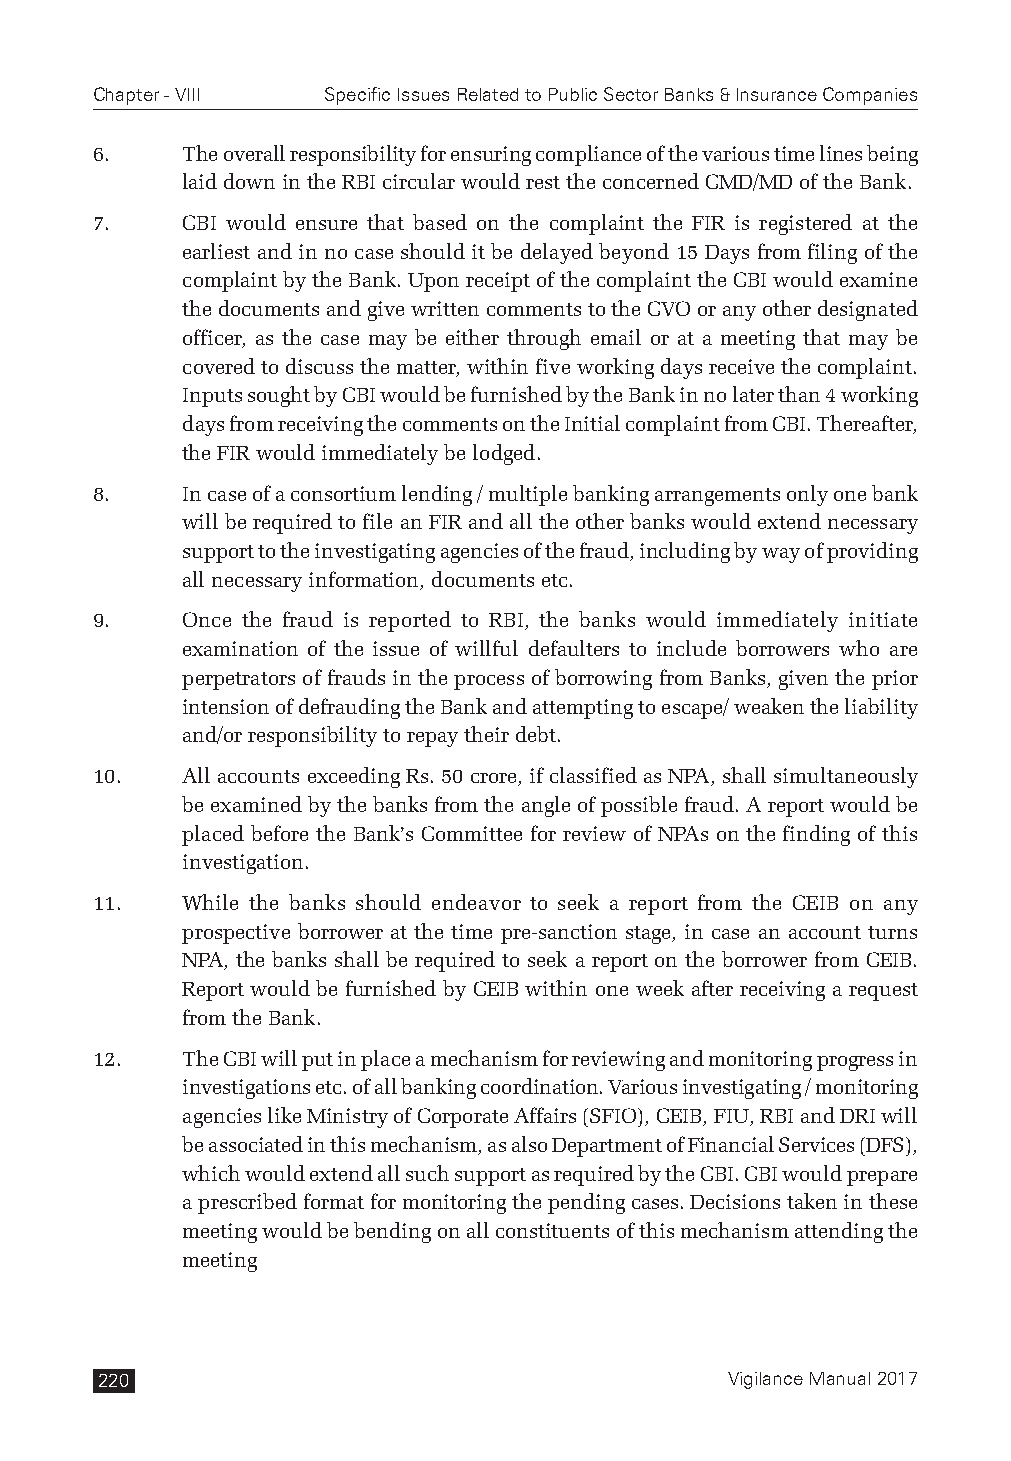
Chapter - VIII Specific Issues Related to Public Sector Banks & Insurance Companies
 6.    The overall responsibility for ensuring compliance of the various time lines being
 laid down in the RBI circular would rest the concerned CMD/MD of the Bank.
 7.    CBI would ensure that based on the complaint the FIR is registered at the
 earliest and in no case should it be delayed beyond 15 Days from filing of the
 complaint by the Bank. Upon receipt of the complaint the CBI would examine
 the documents and give written comments to the CVO or any other designated
 officer, as the case may be either through email or at a meeting that may be
 covered to discuss the matter, within five working days receive the complaint.
 Inputs sought by CBI would be furnished by the Bank in no later than 4 working
 days from receiving the comments on the Initial complaint from CBI. Thereafter,
 the FIR would immediately be lodged.
 8.    In case of a consortium lending / multiple banking arrangements only one bank
 will be required to file an FIR and all the other banks would extend necessary
 support to the investigating agencies of the fraud, including by way of providing
 all necessary information, documents etc.
 9.    Once the fraud is reported to RBI, the banks would immediately initiate
 examination of the issue of willful defaulters to include borrowers who are
 perpetrators of frauds in the process of borrowing from Banks, given the prior
 intension of defrauding the Bank and attempting to escape/ weaken the liability
 and/or responsibility to repay their debt.
 10.   All accounts exceeding Rs. 50 crore, if classified as NPA, shall simultaneously
 be examined by the banks from the angle of possible fraud. A report would be
 placed before the Bank’s Committee for review of NPAs on the finding of this
 investigation.
 11.   While the banks should endeavor to seek a report from the CEIB on any
 prospective borrower at the time pre-sanction stage, in case an account turns
 NPA, the banks shall be required to seek a report on the borrower from CEIB.
 Report would be furnished by CEIB within one week after receiving a request
 from the Bank.
 12.   The CBI will put in place a mechanism for reviewing and monitoring progress in
 investigations etc. of all banking coordination. Various investigating / monitoring
 agencies like Ministry of Corporate Affairs (SFIO), CEIB, FIU, RBI and DRI will
 be associated in this mechanism, as also Department of Financial Services (DFS),
 which would extend all such support as required by the CBI. CBI would prepare
 a prescribed format for monitoring the pending cases. Decisions taken in these
 meeting would be bending on all constituents of this mechanism attending the
 meeting
 220                                       Vigilance Manual 2017